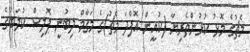
މެޗުގެ މޮޅު ކުޅުންތެރިޔާ (ކުއީން އޮފްދަ މެޗު)ގެ މަގާމް ލިބުނީ ޕޮލިސް ކުލަބުގެ